Senior Leaving Certificate Examination (including Day School Certificate (Higher) General paper), 1950
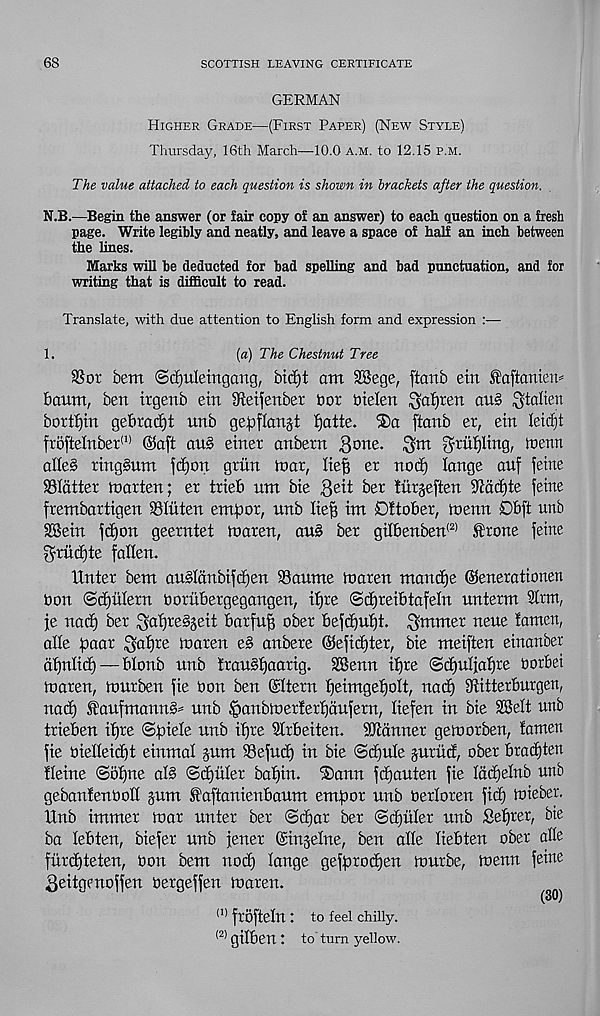
68
SCOTTISH LEAVING CERTIFICATE
GERMAN
Higher Grade—(First Paper) (New Style)
Thursday, 16th March—10.0 a.m. to 12.15 p.m.
The value attached to each question is shown in brackets after the question.
N,B.—Begin the answer (or fair copy of an answer) to each question on a fresh
page. Write legibly and neatly, and leave a space of half an inch between
the lines.
Marks will be deducted for bad spelling and bad punctuation, and for
writing that is difficult to read.
Translate, with due attention to English form and expression :—
1.
(a) The Chestnut Tree
33or bem (Sdjuletngcmg, bicf)t am SBege, ftanb etn ^aftaniem
Baum, ben irgenb ein Sfletfenbet hot otelen $af)ten ou§ Stalien
bottom geBrad)t unb gepflangt fjatte. ®a ftanb er, ein leicfjt
fro[teInber (1) @)aft au§ einer anbern gone, ^m ^rii^ling, menu
alle§ ring§um |cE)on griin tear, lie^ er nod) lange auf fetne
flatter marten; er trieB nm bie geit ber tiirjeften ^dd)te feme
frembartigen 33Iuten empor, unb lieft im DttoBer, menn OBft unb
SBein fd)on geerntet maren, au§ ber gtIBenben (2) ^rone feme
^rud)te fallen.
Unter bem au§ldnbtfd)en Canute maren mantle ©enerationen
Don <Sd)utern OoritBergegangen, itjre (Sd)reiBtafeIn unterm tot,
je nad) ber ^atjre^eit Barfuff ober Befd)ut)t. ^mmer neue tamen,
alle boar ^at)re toaren e§ anbere (^efid)ter, bie meiften einanber
dtjnlid) — Blonb unb trau§t)aarig. SBenn itjre ©djuljafjre oorbei
toaren, murben fie Oon ben (Htern Beimgetjolt, nad) 9titterBurgen,
nad) ®aufmann§* unb ^anbmerterBdufern, liefen in bie SBelt unb
trieBen if)re (Spiele unb it)re SlrBeiten. banner getoorben, tamen
fie oieIIeid)t einmal §um 33efud) in bie <Sd)ute §uritd, ober Brac^ten
tleine <Sot)ne al§ ©djitler batjin. ®ann fdjauten fie Iddjelnb unb
gebantenoolt §um f aftanienBaum empor unb Oerloren fid) itrieber.
Xtnb immer mar unter ber <Sd)ar ber Sdjuter unb Sefjrer, bie
ba leBten, biefer unb jener ©ingelne, ben alle lieBten ober afle
fitrd)teten, Oon bem nod) lange gefprod)en murbe, menn feine
^eitgenoffen oergeffen maren.
(1) frofteln t to feel chilly.
(2) gilBen t to turn yellow.
(30)